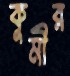
কুমীর